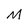
Character: M